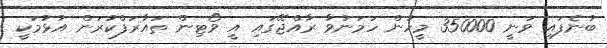
ބުނެފައި ވަނީ 350000 މީހުން ހަމަނުވާ ރާއްޖޭގައި އީ ވޯޓިން ތައާރަފްކުރަން އުޅުމަކީ